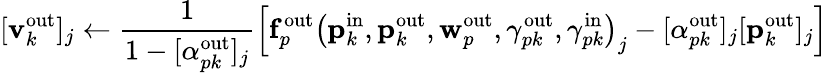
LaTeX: [\mathbf{v}_{k}^{\mathrm{out}}]_{j}\gets\frac{1}{1-[\alpha_{pk}^{\mathrm{out}}]_{j}}\left[\mathbf{f}_{p}^{\mathrm{out}}\left(\mathbf{p}_{k}^{\mathrm{in}},\mathbf{p}_{k}^{\mathrm{out}},\mathbf{w}_{p}^{\mathrm{out}},\gamma_{pk}^{\mathrm{out}},\gamma_{pk}^{\mathrm{in}}\right)_{j}-[\alpha_{pk}^{\mathrm{out}}]_{j}[\mathbf{p}_{k}^{\mathrm{out}}]_{j}\right]